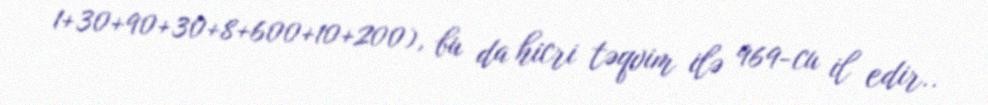
1+30+90+30+8+600+10+200), bu da hicri təqvim ilə 969-cu il edir..